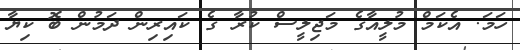
ހަމަ. އެކަމް މުލީއާގެ މަޖިލީސް ކުރާ ގެ ކައިރިން ދަމުން ބޮ ކިޔާ